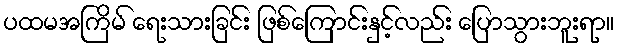
ပထမအကြိမ် ရေးသားခြင်း ဖြစ်ကြောင်းနှင့်လည်း ပြောသွားဘူးရာ။